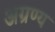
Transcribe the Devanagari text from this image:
अग्रण्य